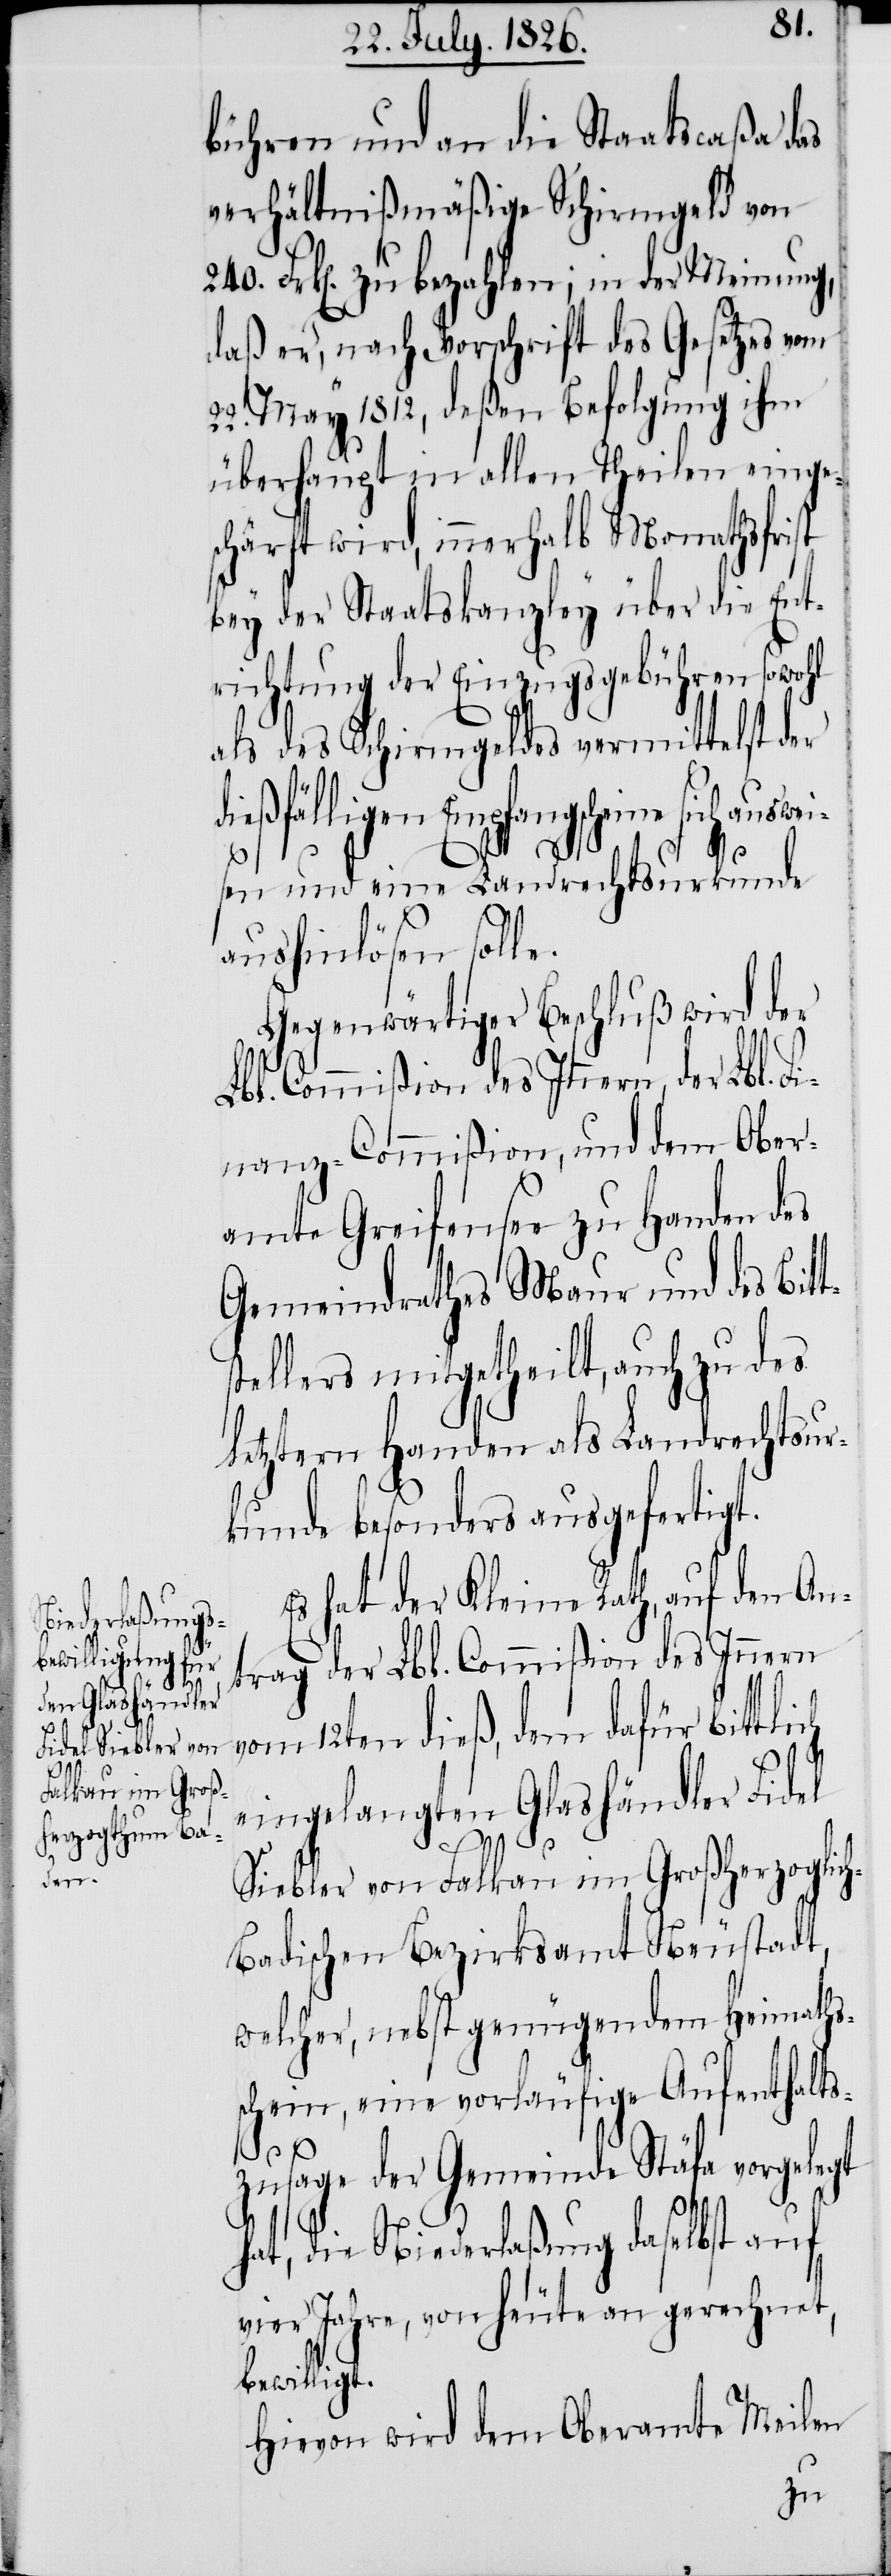
bühren und an die Staatscaßa das
verhältnißmäßige Schirmgeld von
Frk[en]. zu bezahlen; in der Meinung,
daß er, nach Vorschrift des Gesetzes vom
22. May 1812, deßen Befolgung ihm
überhaupt in allen Theilen einge¬
schärft wird, innerhalb Monathsfrist
bey der Staatskanzley über die Ent¬
richtung der Einzugsgebühren sowohl
als des Schirmgeldes vermittelst der
dießfälligen Empfangscheine sich auswei¬
sen und eine Landrechtsurkunde
aushinlösen solle.
Gegenwärtiger Beschluß wird der
Lbl. Commißion des Innern, der Lbl. F¬
inanz-Commißion, und dem Ober¬
amte Greifensee zu Handen des
Gemeindrathes Maur und des Bit¬
tellers mitgetheilt, auch zu des
letztern Handen als Landrechtsur¬
kunde besonders ausgefertigt.
Es hat der Kleine Rath, auf den An¬
trag der Lbl. Commißion des Innern
vom 12ten dieß, dem dafür bittli¬
t.
eingelangten Glashändler Fidel
ch
Siebler von Falkau im Großherzoglich
Badischen Bezirksamt Neustadt,
welcher, nebst genügendem Heimath¬
schein, eine vorläufige Aufenthalts¬
zusage der Gemeinde Stäfa vorgelegt
hat, die Niederlaßung daselbst auf
vier Jahre, von heute an gerechnet,
bewillig¬
Hievon wird dem Oberamte Meilen